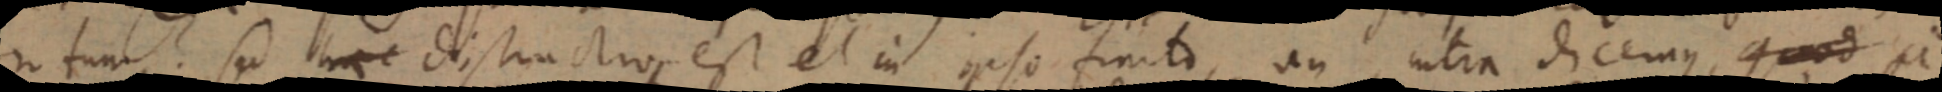
notum sed hac distinctio, est et in ipso finito, an intra dicemus, quod a